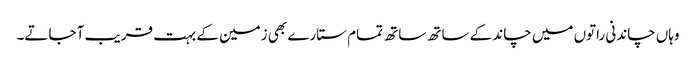
وہاں چاندنی راتوں میں چاند کے ساتھ ساتھ تمام ستارے بھی زمین کے بہت قریب آ جاتے۔